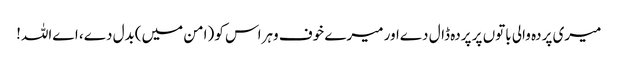
میری پردہ والی باتوں پر پردہ ڈال دےاور میرے خوف وہراس کو (امن میں)بدل دے، اےاللہ!